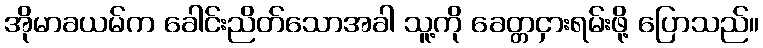
အိုမာခယမ်က ခေါင်းညိတ်သောအခါ သူ့ကို ခေတ္တငှားရမ်းဖို့ ပြောသည်။